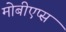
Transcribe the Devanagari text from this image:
मोबीएप्स